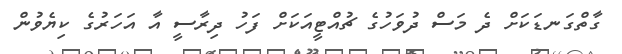
ގާތްގަނޑަކަށް ދެ މަސް ދުވަހުގެ ޗުއްޓީއަކަށް ފަހު ދިރާސީ އާ އަހަރުގެ ކިޔެވުން